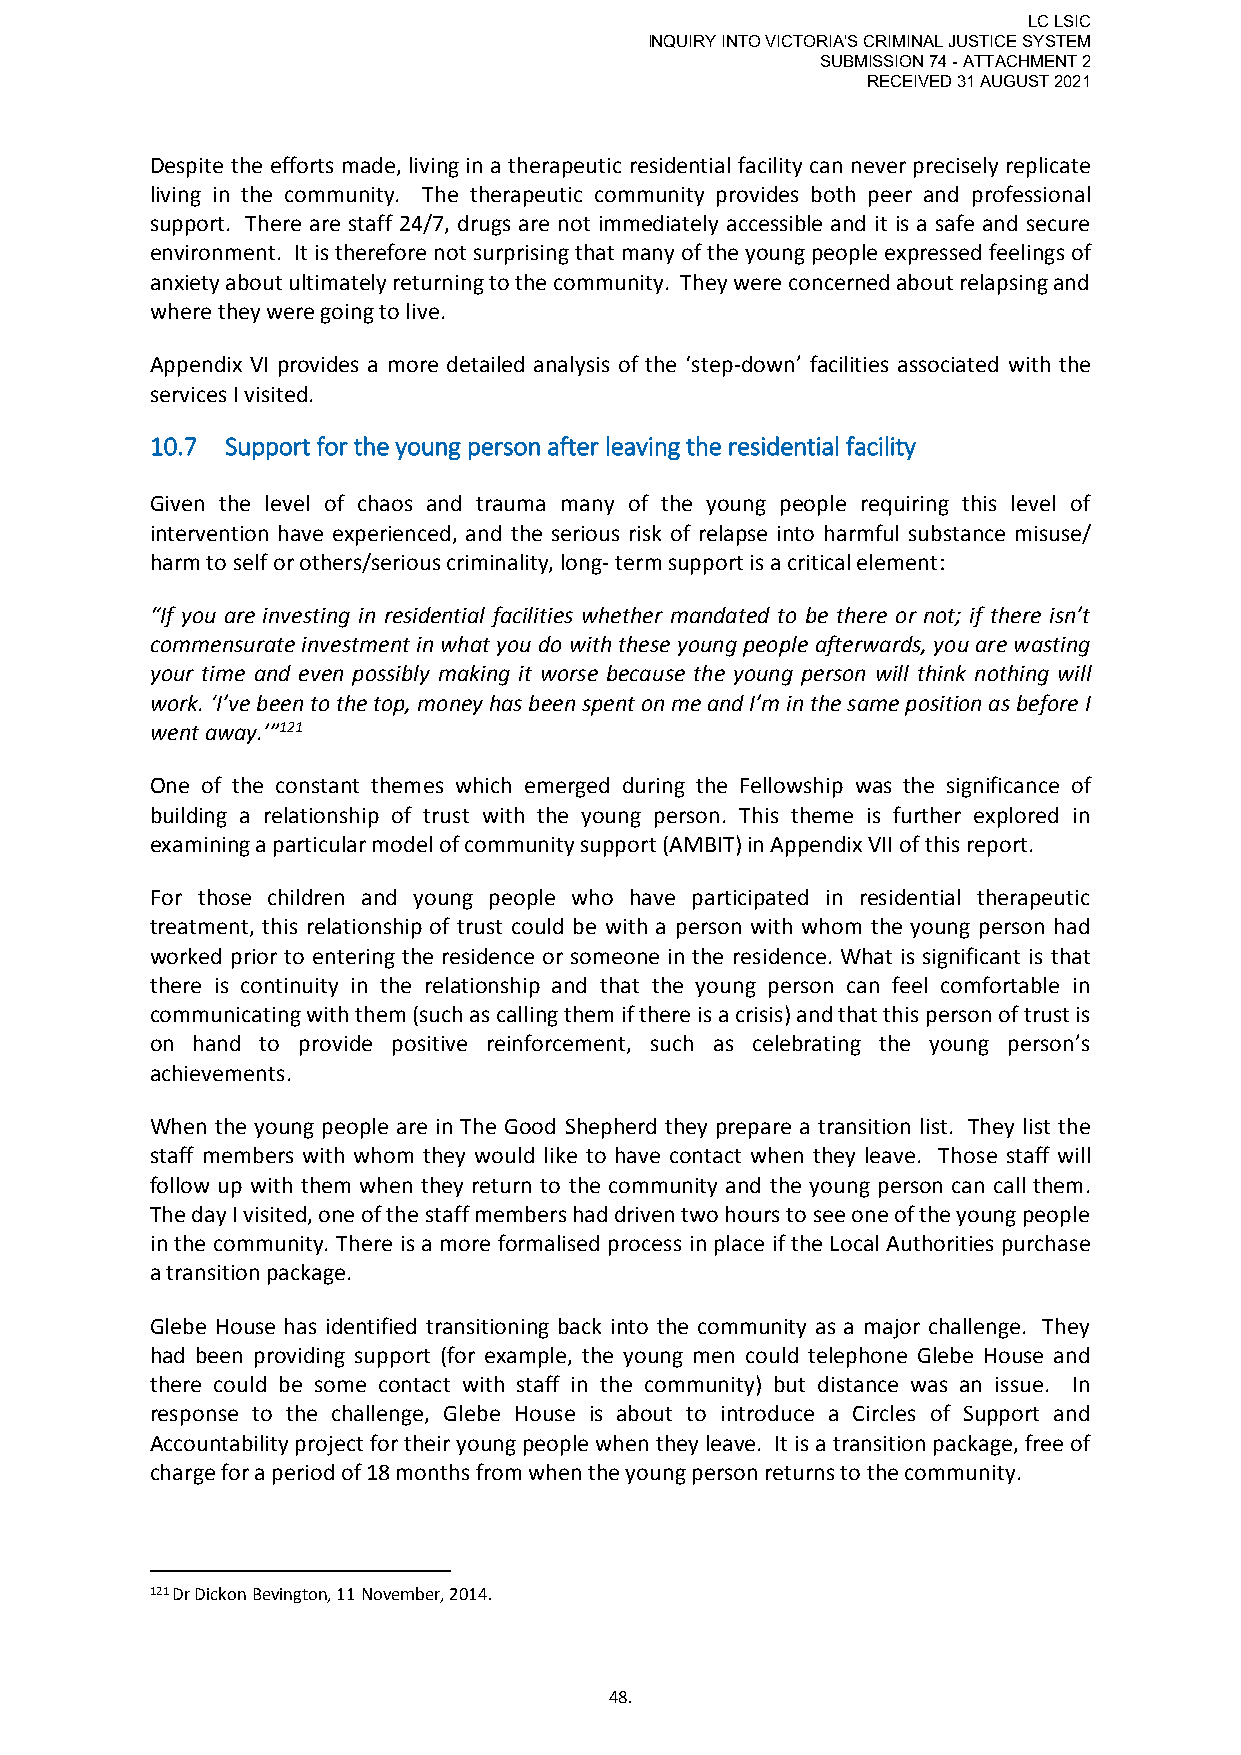
LC LSIC
 INQUIRY INTO VICTORIA'S CRIMINAL JUSTICE SYSTEM
 SUBMISSION 74 - ATTACHMENT 2
 RECEIVED 31 AUGUST 2021
 Despite the efforts made, living in a therapeutic residential facility can never precisely replicate
 living in the community. The therapeutic community provides both peer and professional
 support. There are staff 24/7, drugs are not immediately accessible and it is a safe and secure
 environment. It is therefore not surprising that many of the young people expressed feelings of
 anxiety about ultimately returning to the community. They were concerned about relapsing and
 where they were going to live.
 Appendix VI provides a more detailed analysis of the ‘step-down’ facilities associated with the
 services I visited.
 10.7 Support for the young person after leaving the residential facility
 Given the level of chaos and trauma many of the young people requiring this level of
 intervention have experienced, and the serious risk of relapse into harmful substance misuse/
 harm to self or others/serious criminality, long- term support is a critical element:
 “If you are investing in residential facilities whether mandated to be there or not; if there isn’t
 commensurate investment in what you do with these young people afterwards, you are wasting
 your time and even possibly making it worse because the young person will think nothing will
 work. ‘I’ve been to the top, money has been spent on me and I’m in the same position as before I
 went away.’”121
 One of the constant themes which emerged during the Fellowship was the significance of
 building a relationship of trust with the young person. This theme is further explored in
 examining a particular model of community support (AMBIT) in Appendix VII of this report.
 For those children and young people who have participated in residential therapeutic
 treatment, this relationship of trust could be with a person with whom the young person had
 worked prior to entering the residence or someone in the residence. What is significant is that
 there is continuity in the relationship and that the young person can feel comfortable in
 communicating with them (such as calling them if there is a crisis) and that this person of trust is
 on hand to provide positive reinforcement, such as celebrating the young person’s
 achievements.
 When the young people are in The Good Shepherd they prepare a transition list. They list the
 staff members with whom they would like to have contact when they leave. Those staff will
 follow up with them when they return to the community and the young person can call them.
 The day I visited, one of the staff members had driven two hours to see one of the young people
 in the community. There is a more formalised process in place if the Local Authorities purchase
 a transition package.
 Glebe House has identified transitioning back into the community as a major challenge. They
 had been providing support (for example, the young men could telephone Glebe House and
 there could be some contact with staff in the community) but distance was an issue. In
 response to the challenge, Glebe House is about to introduce a Circles of Support and
 Accountability project for their young people when they leave. It is a transition package, free of
 charge for a period of 18 months from when the young person returns to the community.
 121 Dr Dickon Bevington, 11 November, 2014.
 48.